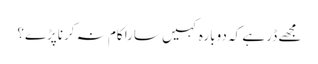
مجھے ڈر ہے کہ دوبارہ کہیں سارا کام نہ کرناپڑے؟